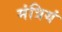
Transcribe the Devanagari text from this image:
मंत्रियं